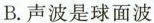
B. 声波是球面波